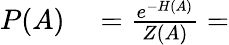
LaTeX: \begin{array}{rl}{P(A)}&{{}=\frac{e^{-H(A)}}{Z(A)}=}\end{array}